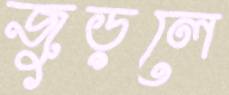
জুড়লে